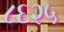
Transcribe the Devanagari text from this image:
८६२५